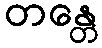
တန္တေ